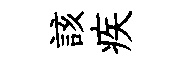
該疾